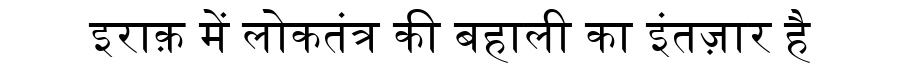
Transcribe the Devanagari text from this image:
इराक़ में लोकतंत्र की बहाली का इंतज़ार है